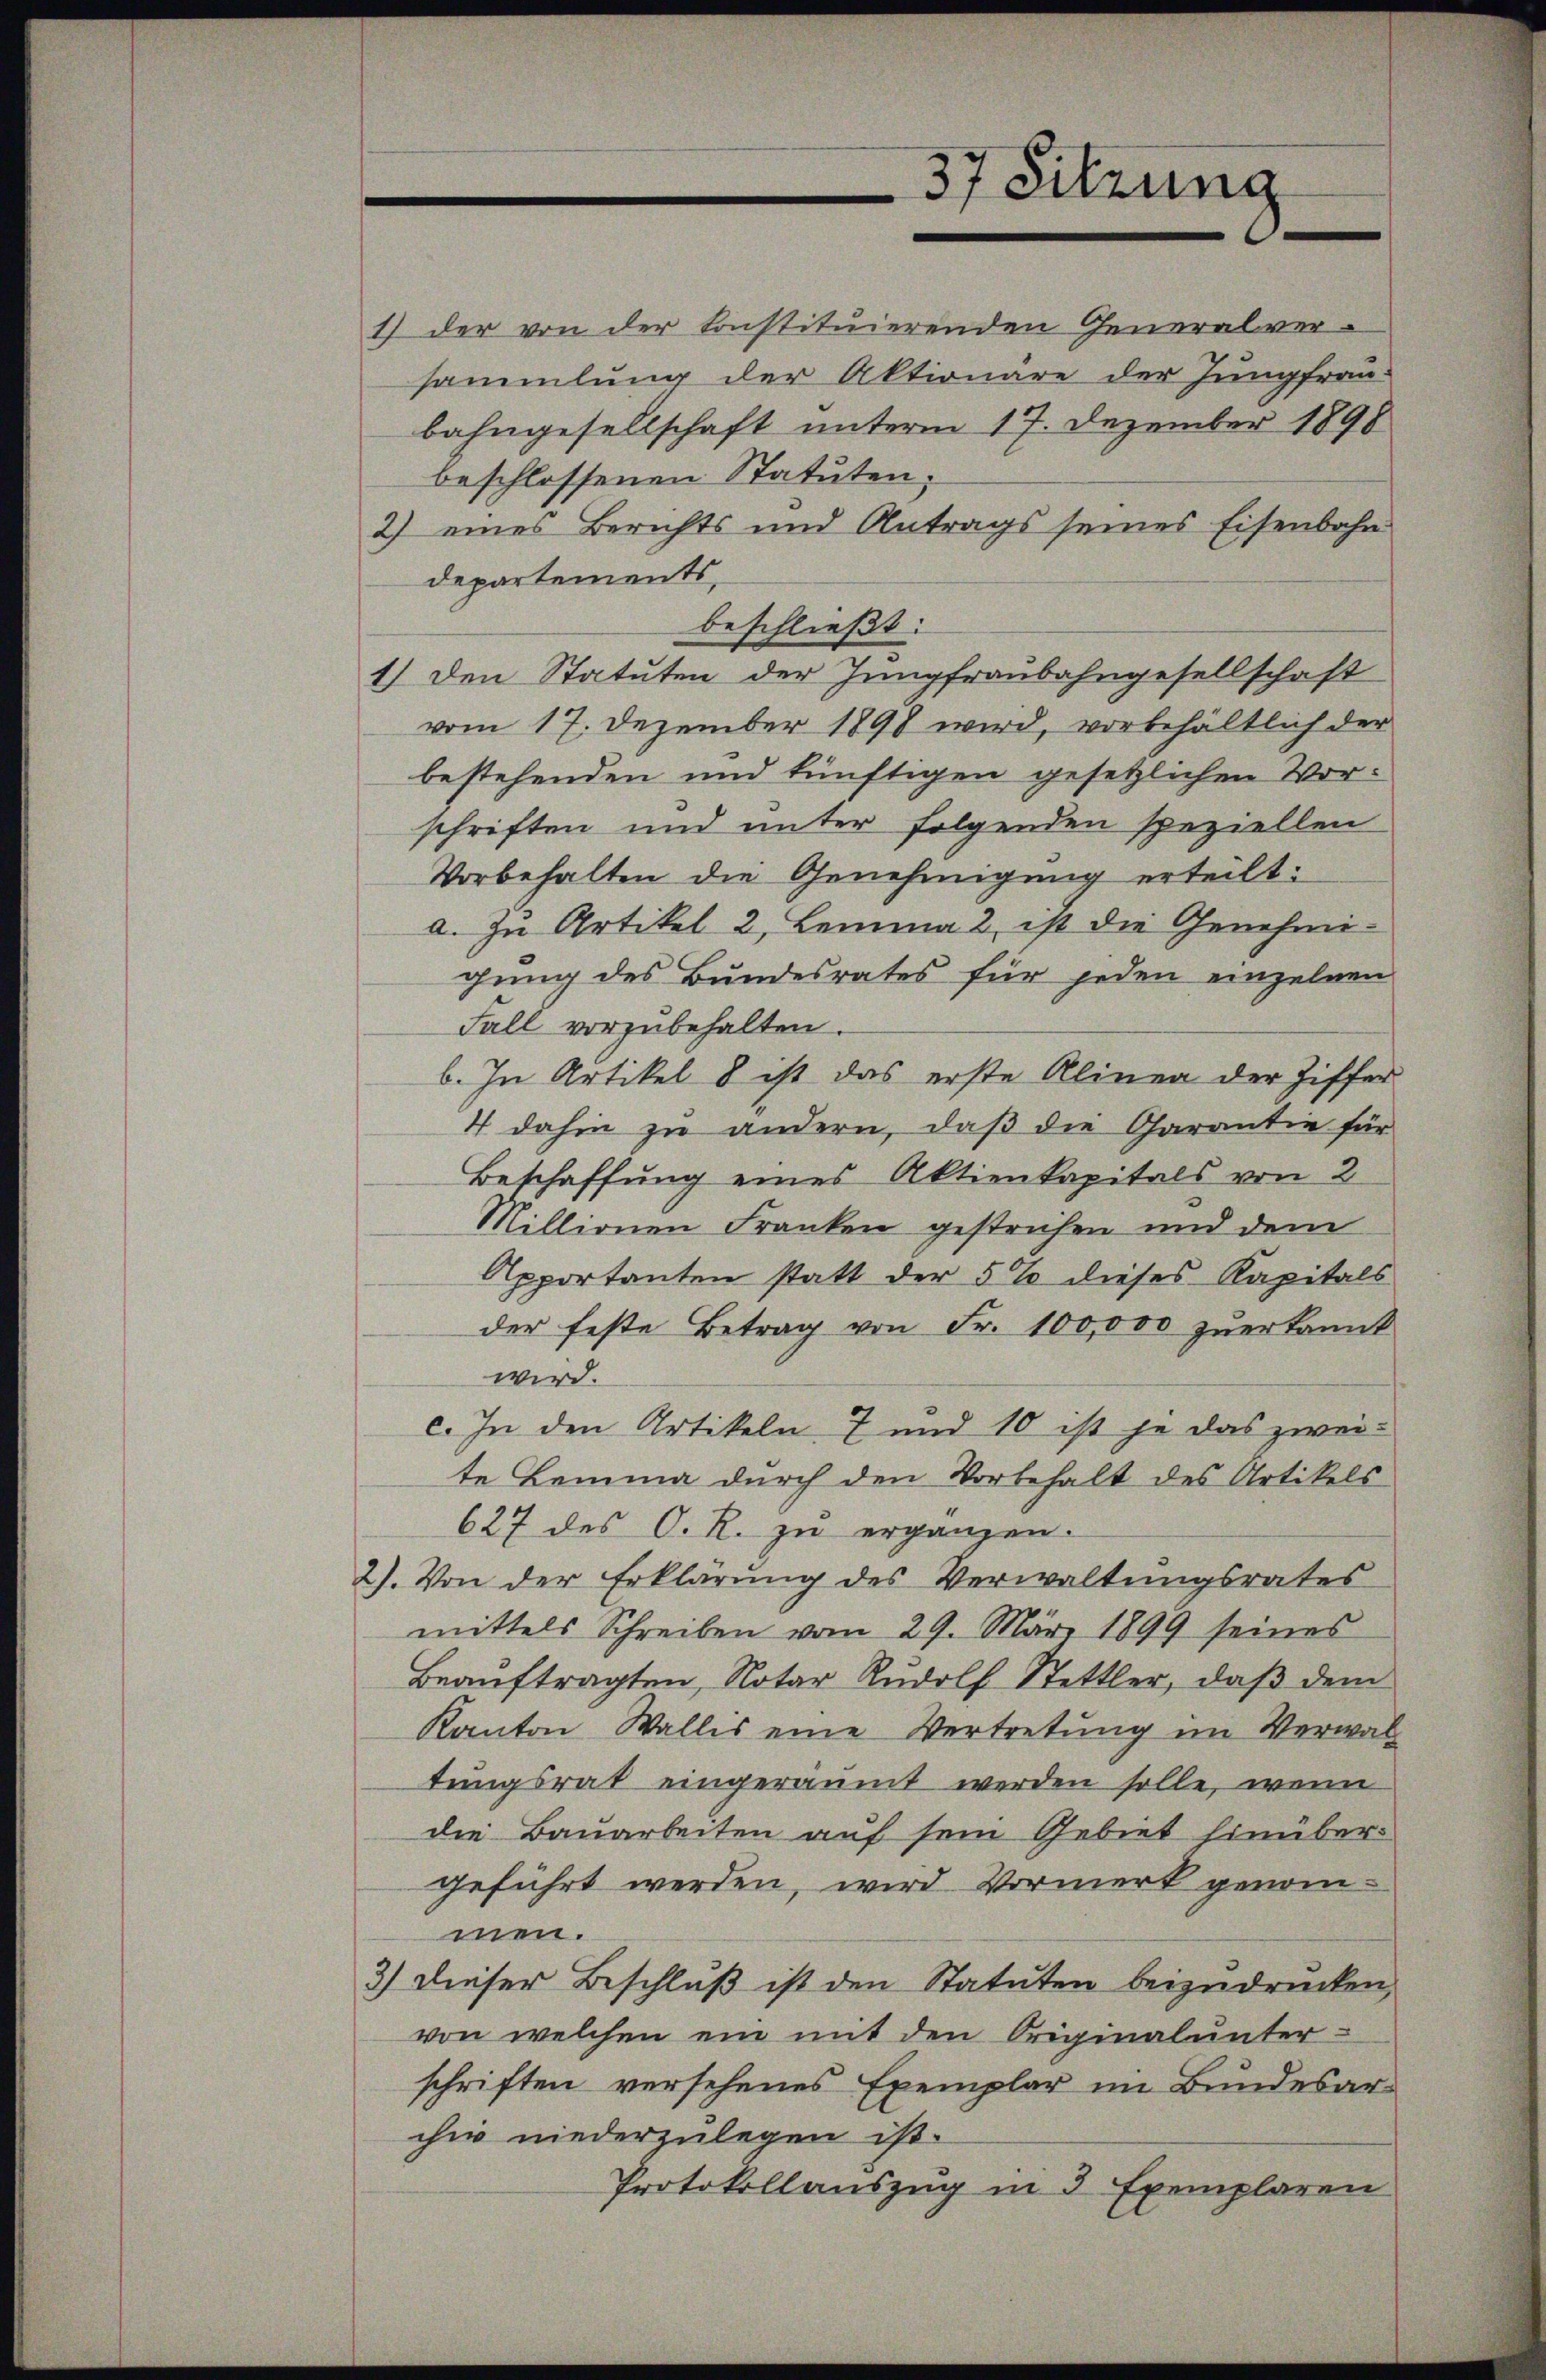
37 Sitzung

1) der von der konstituierenden Generalversammlung der Aktionäre der Jungfrau-
bahngesellschaft unterm 17. Dezember 1898
beschlossenen Statuten.
2) eines Berichts und Antrags seines Eisenbahn
departements,
beschließt:
1.) Den Statuten der Jungfraubahngesellschaft
vom 17. Dezember 1898 wird, vorbehältlich der
bestehenden und künftigen gesetzlichen Vorschriften und unter folgenden speziellen
Vorbehalten die Genehmigung erteilt:
a. In Artikel 2, Lemma 2 ist die Genehmi-
gung des Bundesrates für jeden einzelnen
Fall vorzubehalten.
b. In Artikel 8 ist das erste Alinea der Ziffer
4 dahin zu andern, daß die Garantie für
Beschaffung eines Aktienkapitals von 2
Millionen Franken gestrichen und dem
Apportanten statt der 5% dieses Kapitals
der feste Betrag von Fr. 100,000 zuerkannt
wird.
c. In den Artikeln 7 und 10 ist je das zwei-
te Lemma durch den Vorbehalt des Artikels
627 des O. R. zu ergänzen.
2). Von der Erklärung des Verwaltungsrates
mittels Schreiben vom 29. März 1899 seines
Beaŭftragten, Notar Rudolf Stettler, daβ dem
Kanton Wallis eine Vertretung im Verwal
tungsrat eingeräumt werden solle, wenn
die Bauarbeiten auf sein Gebiet hinüber-
geführt werden, wird Vormerk genommen.
3) dieser Beschluß ist den Statuten beizudrücken,
von welchen ein mit den Originalunter-
schriften versehenes Exemplar im Bundesarchiv niederzulegen ist.
Protokollauszug in 3 Exemplaren